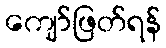
ကျော်ဖြတ်ရန်